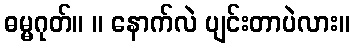
ဓမ္မဂုတ်။ ။ နောက်လဲ ပျင်းတာပဲလား။